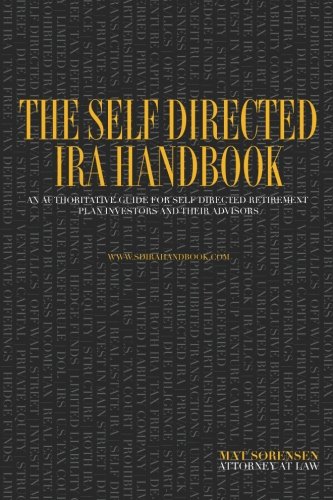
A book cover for The Self Directed IRA Handbook: An Authoritative Guide For Self Directed Retirement Plan Investors and Their Advisors; Mr. Mat Sorensen; Business & Money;